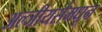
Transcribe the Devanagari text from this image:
अल्जीयर्समधून